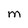
Character: M